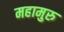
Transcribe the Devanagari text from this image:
महामुरु